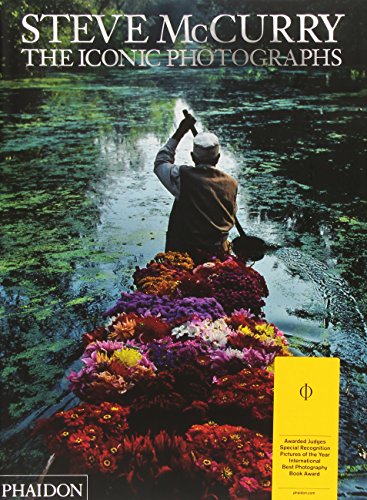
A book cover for Steve McCurry: The Iconic Photographs: Standard Edition; Arts & Photography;